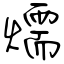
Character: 燸